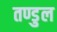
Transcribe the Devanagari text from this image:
तण्डुल